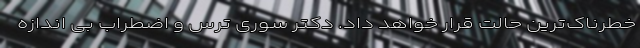
خطرناک‌ترین حالت قرار خواهد داد. دکتر سوری ترس و اضطراب بی اندازه